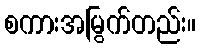
စကားအမြွက်တည်း။